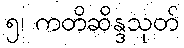
၅၊ ကတိဆိန္ဒသုတ်